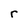
Character: r